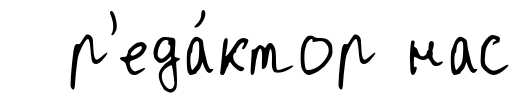
р'еда́ктор нас